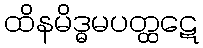
ထိနမိဒ္ဓမပတ္ထဋေ